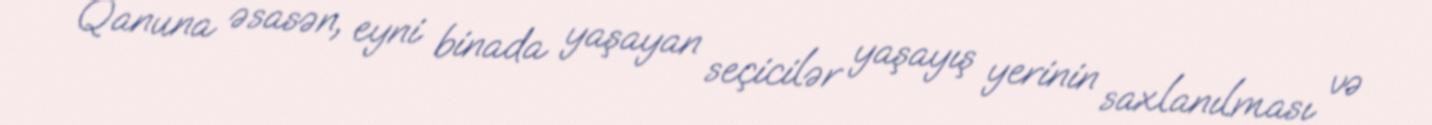
Qanuna əsasən, eyni binada yaşayan seçicilər yaşayış yerinin saxlanılması və